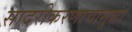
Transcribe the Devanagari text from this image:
सादरीकरणाचासुद्धा